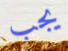
يجب